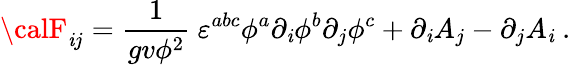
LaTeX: {\calF}_{\mathit{i}j}=\frac{{1}}{{gv\phi^{2}}}\ \varepsilon^{abc}\phi^{a}\partial_{\mathit{i}}\phi^{b}\partial_{j}\phi^{c}+\partial_{\mathit{i}}A_{j}-\partial_{j}A_{\mathit{i}}\ .